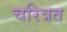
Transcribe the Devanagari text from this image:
चरित्रत